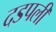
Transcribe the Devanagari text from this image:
दडपली